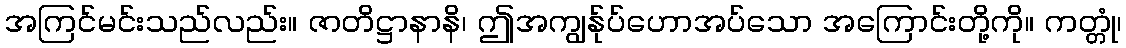
အကြင်မင်းသည်လည်း။ ဇာတိဋ္ဌာနာနိ၊ ဤအကျွန်ုပ်ဟောအပ်သော အကြောင်းတို့ကို။ ကတ္တုံ၊